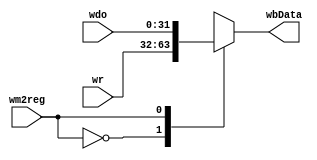
`timescale 1ns / 1ps
//////////////////////////////////////////////////////////////////////////////////
// Company: 
// Engineer: 
// 
// Design Name: 
// Module Name: wb_mux
// Project Name: 
// Target Devices: 
// Tool Versions: 
// Description: 
// 
// Dependencies: 
// 
// Revision:
// Revision 0.01 - File Created
// Additional Comments:
// 
//////////////////////////////////////////////////////////////////////////////////


module wb_mux(
    input [31:0] wr,
    input [31:0] wdo,
    input wm2reg,
    output reg [31:0] wbData
    );
    always @(*) begin
        case(wm2reg) 
            1'b0: wbData <= wr;
            1'b1: wbData <= wdo; 
        endcase
    end
    
endmodule